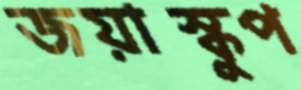
জয়াস্কুপ